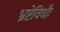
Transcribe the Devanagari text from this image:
भ्रष्टेविधौः